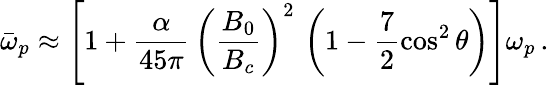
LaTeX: \bar{\omega}_{p}\approx\left[1+\frac{\alpha}{45\pi}\, \left(\frac{B_{0}}{B_{c}}\right)^{2}\, \left(1-\frac{7}{2}\cos^{2}\theta\right)\right]\omega_{p}\, .